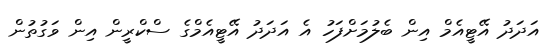
އަދަދު އޭޓީއެމް އިން ބެލުމަށްފަހު އެ އަދަދު އޭޓީއެމްގެ ސްކްރީން އިން ވަގުތުން